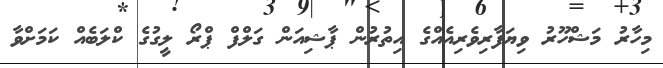
މިހާރު މަޝްހޫރު ވިޔަފާރިވެރިއެއްގެ އިތުރުން ޕާޝިއަން ގަލްފް ޕްރޯ ލީގުގެ ކްލަބެއް ކަމަށްވާ